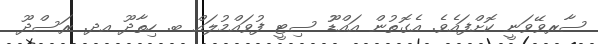
ސާރވޭވަނީ ކޮށްފައެވެ. އެގޮތުން އައްޑުޫ ސިޓީ ފުވައްމުލައް ބ. ހިތާދޫ އދ. ރަސްދޫ